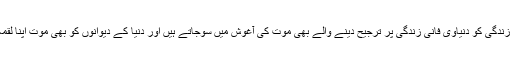
اخروی ابدی زندگی کو دنیاوی فانی زندگی پر ترجیح دینے والے بھی موت کی آغوش میں سوجاتے ہیں اور دنیا کے دیوانوں کو بھی موت اپنا لقمہ بنالیتی ہے۔